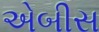
એબીસ